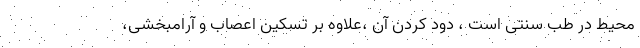
محیط در طب سنتی است ، دود کردن آن ،علاوه بر تسکین اعصاب و آرامبخشی،